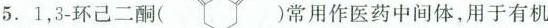
.1，3-环己二酮(常用作医药中间体，用于有机